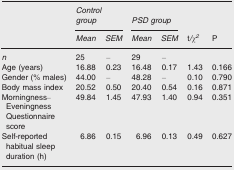
| <ROWSPAN=2>  | <COLSPAN=2> Control group | <COLSPAN=2> PSD group | <ROWSPAN=2> t/χ2 | <ROWSPAN=2> P |
 | Mean | SEM | Mean | SEM |
 | --- | --- | --- | --- | --- | --- | --- |
 | n | 25 | – | 29 | – |  |  |
 | Age (years) | 16.88 | 0.23 | 16.48 | 0.17 | 1.43 | 0.166 |
 | Gender (% males) | 44.00 | – | 48.28 | – | 0.10 | 0.790 |
 | Body mass index | 20.52 | 0.50 | 20.40 | 0.54 | 0.16 | 0.871 |
 | Morningness–Eveningness Questionnaire score | 49.84 | 1.45 | 47.93 | 1.40 | 0.94 | 0.351 |
 | Self‐reported habitual sleep duration (h) | 6.86 | 0.15 | 6.96 | 0.13 | 0.49 | 0.627 |